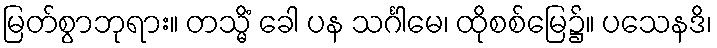
မြတ်စွာဘုရား။ တသ္မိံ ခေါ ပန သင်္ဂါမေ၊ ထိုစစ်မြေ၌။ ပသေနဒိ၊